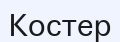
Костер